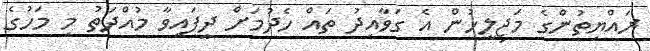
ރައްޔިތުންގެ މަޖިލީހުން އެ ގަވާއިދު ތައް ހެދުމަށް ދީފައިވާ މުއްދަތު މި މަހުގެ